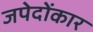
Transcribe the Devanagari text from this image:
जपेदोंकार